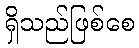
ရှိသည်ဖြစ်စေ